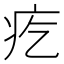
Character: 疙